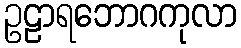
ဥဠာရဘောဂကုလာ